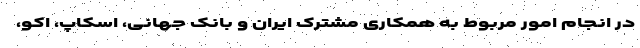
در انجام امور مربوط به همکاری مشترک ایران و بانک جهانی، اسکاپ، اکو،